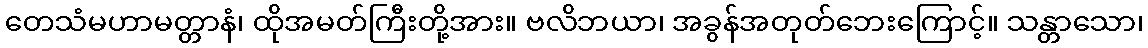
တေသံမဟာမတ္တာနံ၊ ထိုအမတ်ကြီးတို့အား။ ဗလိဘယာ၊ အခွန်အတုတ်ဘေးကြောင့်။ သန္တာသော၊